Lunatic asylums Burma 1922-24 - 1922-1924
Year: 1922
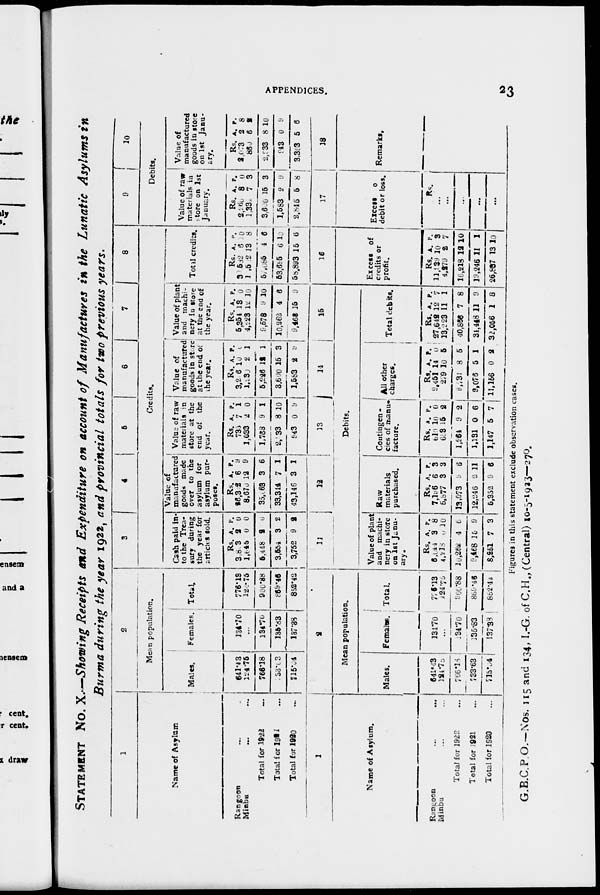
APPENDICES.
23
STATEMENT NO. X.—Showing Receipts and Expenditure on account of Manufactures in the Lunatic Asylums in
Burma during the year 1922, and provincial totals for two previous years.
1
Name of Asylum
Rangoon ... ...
Minbu ... ...
Total for 1922 ...
Tatal for 1921 ...
Total for 1920 ...
2
Mean population.
Males.
641.4 3
124.75
766.18
133.03
715.04
Females.
134.70
...
134.70
135.83
137.38
Total.
776.13
124.75
900.88
869.46
852.42
3
4
5
6
7
8
Credits.
Cash paid in-
to the Trea-
sury during
the year for
articles sold.
Rs.
3,803
1,645
5,448
3,554
3,752
A.
2 0
2
3
9
P.
0
0
0
2
2
Value of
manufactured
goods made
over to the
asylum for
asylum pur-
poses.
Rs.
26,362
8,670
35,063
33,344
43,146
A.
6
12
3
7
3
P.
9
9
6
1
1
Value of raw
materials in
store at the
end of
the
year.
Rs.
735
1,033
1,768
2,933
943
A.
7
2
9
8
0
P.
1
0
1
10
9
Value of
manufactured
goods in store
at the end of
the year.
Rs.
3,296
1,930
5,226
3,600
1,583
A.
10
2
12
15
2
P.
0
1
1
3
9
Value of plant
and machi-
nery in store
at the end of
the year.
Rs.
5,354
4,223
9,578
10,262
9,468
A.
13
12
9
4
15
P.
0
10
10
6
9
Total credits.
Rs.
39,582
17,502
57,085
53,695
58,893
A.
6
13
4
6
15
P.
0
8
6
10
6
9
10
Debits.
Value of raw
materials in
store on 1st
January.
Rs.
2,266
1,334
3,600
1,583
2,845
A
8
7
15
2
5
P.
0
3
3
9
8
Value of
manufactured
goods in store
on 1st Janu-
ary.
Rs.
2,073
860
2,933
943
3,303
A.
2
6
8
0
5
P.
8
1
10
9
6
1
Name of Asylum.
Rangoon ... ...
Minbu ... ...
Total for 1922 ...
Total for 1921 ...
Total for 1920 ...
2
Mean population.
Males.
641.43
124.75
766.18
733.63
715.04
Females.
134.70
...
134.70
135.83
137.38
Total.
776.13
124.75
900.88
869.46
852.43
11
12
13
14
15
Debits.
Value of plant
and
machi-
nery in store
on 1st Janu-
ary.
Rs.
6,044
4,218
10,262
9,468
8,251
A.
3
0
4
15
7
P.
8
10
6
9
3
Raw
materials
purchased.
Rs.
7,196
5,877
13,073
12,246
5,352
A.
6
3
9
2
9
P.
3
3
6
11
6
Contingen-
cies of manu-
facture.
Rs.
619
653
1,264
1.131
1,147
A.
10
15
9
0
5
P.
0
2
2
6
7
All other
charges.
Rs.
9,451
279
9,73l
9,076
11,156
A.
14
10
8
5
0
P.
0
5
5
1
2
Total debits.
Rs.
27,642
13,223
40,866
34,448
32,056
A.
12
11
7
11
1
P.
7
1
8
9
8
16
Excess of
credits or
profit.
Rs.
11,939
4,279
16,218
19,246
26,837
A.
10
2
12
11
13
P.
3
7
10
1
10
17
Excess of
debit or loss.
Rs.
...
...
...
...
...
18
Remarks.
Figures in this statement exclude observation cases.
G.B.C.P.O.—Nos. 115 and 134, I.-G. of C.H.,(Central) 10-5-1923—270.